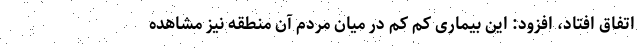
اتفاق افتاد، افزود: این بیماری کم کم در میان مردم آن منطقه نیز مشاهده